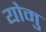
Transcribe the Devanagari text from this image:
योमु